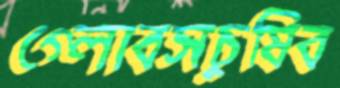
গ্লোবসচুষিব